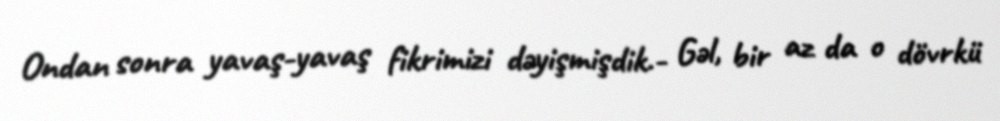
Ondan sonra yavaş-yavaş fikrimizi dəyişmişdik.- Gəl, bir az da o dövrkü